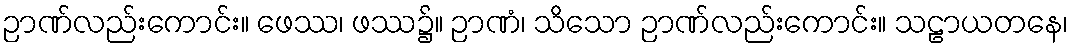
ဉာဏ်လည်းကောင်း။ ဖေဿ၊ ဖဿ၌။ ဉာဏံ၊ သိသော ဉာဏ်လည်းကောင်း။ သဠာယတနေ၊